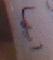
أيها